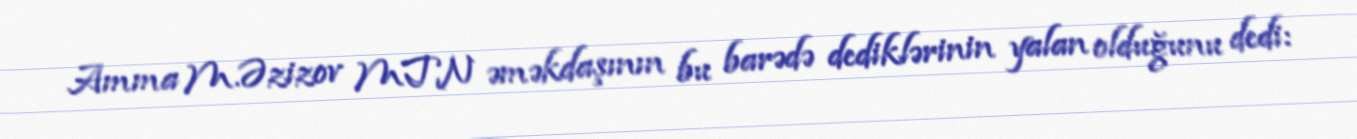
Amma M.Əzizov MTN əməkdaşının bu barədə dediklərinin yalan olduğunu dedi: